Annual vaccination report of Bihar and Orissa - 1911-1928
Year: 1911
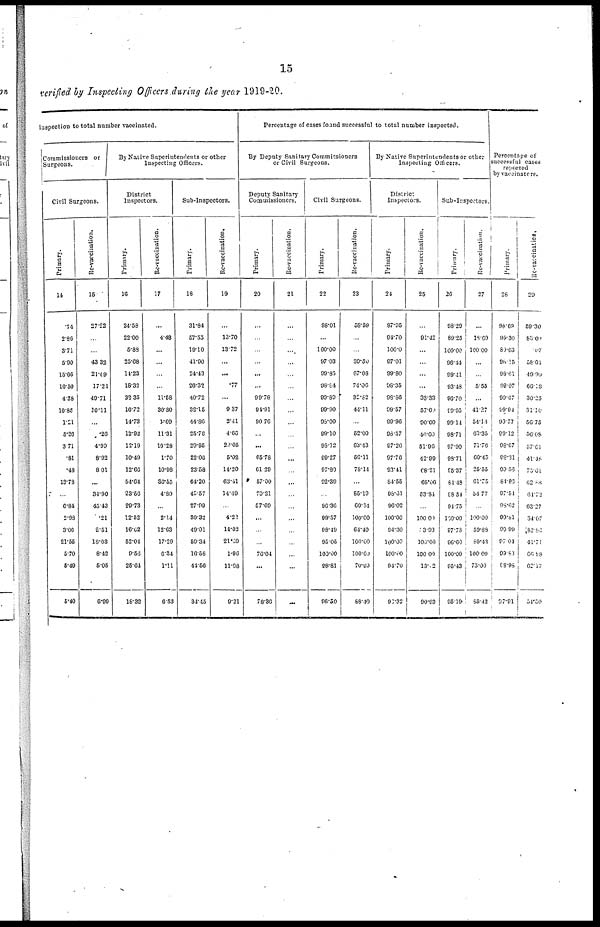
15
verified by Inspecting Officers during the year 1919-20.
inspection to total number vaccinated.
Commissioners or
Surgeons.
Civil Surgeons.
Primary.
14
.74
2.80
3.71
5.90
15.06
10.50
4.38
10.85
1.21
5.26
3.71
.81
.48
13.78
...
6.84
2.98
3.06
21.55
5.70
5.49
5.40
Re-vaccination.
15
27.22
...
...
43.32
21.09
17.21
49.71
10.11
...
.26
4.99
8.92
8.01
...
34.90
45.43
.21
2.51
18.03
8.42
5.05
6.99
By Native Superintendents or other
Inspecting Officers.
District
Inspectors.
Primary.
16
24.58
22.00
5.88
25.08
14.23
18.32
22.35
16.72
14.73
12.92
12.19
10.49
12.66
54.64
23.56
29.73
12.52
16.62
52.04
9.56
25.64
18.32
Re-vaccination.
17
...
4.48
...
...
...
...
11.58
30.80
1.09
11.31
10.28
1.70
10.98
36.55
4.80
...
2.14
12.63
17.29
6.34
1.11
6.53
Sub-Inspectors.
Primary.
18
31.84
57.55
19.10
41.90
24.43
26.32
40.72
32.15
44.86
25.76
29.95
22.06
23.58
64.20
45.57
27.99
30.32
49.01
59.34
16.58
44.56
31.45
Re-vaccination.
19
...
13.70
13.72
...
...
.77
...
9.37
2.41
4.66
29.05
5.02
14.20
63.11
14.49
...
4.22
14.02
21.69
1.96
11.98
9.21
Percentage of cases found successful to total number inspected.
By Deputy Sanitary Commissioners
or Civil Surgeons.
Deputy Sanitary
Commissioners.
Primary.
20
...
...
...
...
...
...
99.78
94.91
90.76
...
...
65.78
61.29
57.00
79.21
57.69
...
...
...
76.04
...
78.30
Re-vaccination.
21
...
...
...
...
...
...
...
...
...
...
...
...
...
...
...
...
...
...
...
...
...
...
Civil Surgeons.
Primary.
22
98.01
...
100.00
97.03
99.85
98.84
99.89
99.90
98.00
99.10
98.12
99.27
97.80
92.39
...
96.36
99.57
98.49
95.05
100.00
98.81
96.50
Re-vaccination.
23
58.59
...
...
30.50
67.08
74.06
32.82
44.11
...
52.00
63.43
56.11
78.14
...
85.19
69.54
100.00
64.40
100.00
100.00
70.99
88.40
By Native Superintendents or other
Inspecting Officers.
District
Inspectors.
Primary.
24
97.95
94.70
100.0
97.01
99.80
98.35
98.86
99.57
99.96
98.57
97.26
97.76
93.41
84.55
98.61
96.02
100.00
94.30
100.00
100.00
94.70
96.32
Re-vaccination.
25
...
91.42
...
...
...
...
33.33
57.09
90.00
40.00
51.96
42.99
68.21
69.06
53.84
...
100.00
13.93
100.00
100.00
13.02
90.93
Sub-Inspectors.
Primary.
26
98.29
69.25
100.00
96.44
99.41
93.48
96.70
99.95
99.14
98.71
97.90
98.71
95.37
81.48
98.54
94.75
100.00
97.78
96.60
100.00
95.43
95.10
Re-vaccination.
27
...
18.69
100.00
...
...
5.55
...
41.27
54.14
63.35
71.76
60.45
25.55
61.75
54.77
...
100.00
59.88
89.43
100.00
75.00
85.42
Percentage of
successful cased
reported
by vaccinators.
Primary.
28
96.60
99.30
80.63
98.15
99.61
99.07
99.67
99.94
99.77
99.12
98.67
98.31
99.56
84.86
97.54
98.62
99.81
99.99
97.04
99.83
98.98
67.91
Re-vaccination,
29
59.30
83.60
.07
58.01
49.98
60.18
30.25
31.10
56.75
56.08
57.61
41.48
75.61
62.88
61.72
63.27
34.07
82.82
41.71
66.88
62.17
54.50